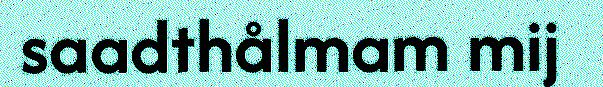
saadthålmam mij